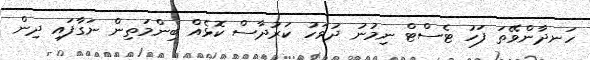
ހަނދާންވޭތަ ފަހު ޓެސްޓް ނިމުނު ދުވަހު ކަރުދާސް ކޮޅެއް ބިންމަތިން ނަގާފައި ދިން